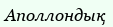
Аполлондық